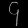
Digit: ၄